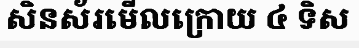
សិនស័រមើលក្រោយ ៤ ទិស